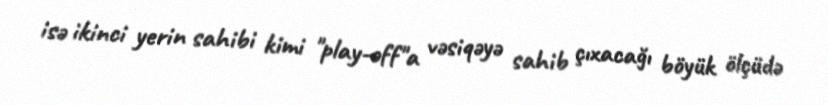
isə ikinci yerin sahibi kimi "play-off"a vəsiqəyə sahib çıxacağı böyük ölçüdə